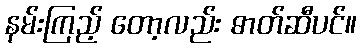
နမ်းကြည့် တော့လည်း ဓာတ်ဆီပင်။